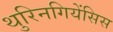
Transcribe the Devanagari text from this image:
थुरिनगियेंसिस